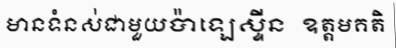
មានទំនស់ជាមួយប៉ាឡេស្ទីន  ឧត្តមគតិ